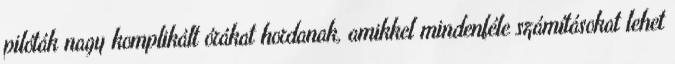
pilóták nagy komplikált órákat hordanak, amikkel mindenféle számításokat lehet